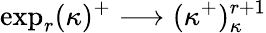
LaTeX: \exp_{r}(\kappa)^{+}\longrightarrow(\kappa^{+})_{\kappa}^{r+1}